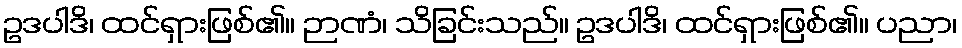
ဥဒပါဒိ၊ ထင်ရှားဖြစ်၏။ ဉာဏံ၊ သိခြင်းသည်။ ဥဒပါဒိ၊ ထင်ရှားဖြစ်၏။ ပညာ၊